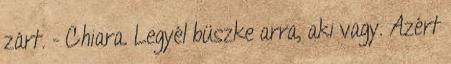
zárt. - Chiara. Legyél büszke arra, aki vagy. Azért